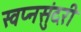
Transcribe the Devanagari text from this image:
स्वप्नसुंदरी